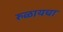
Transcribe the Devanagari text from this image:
रुळायचा